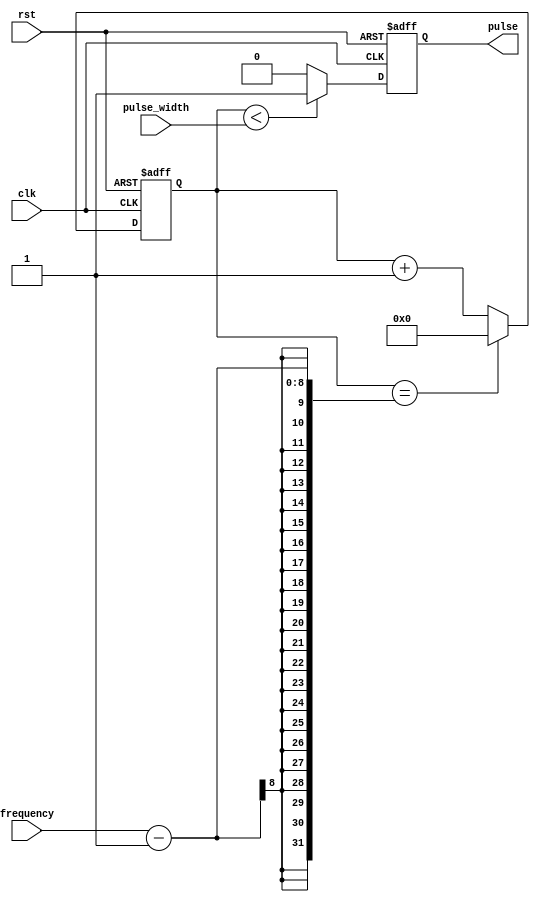
module SimplePulseGenerator (
    input wire clk,
    input wire rst,
    input wire [7:0] pulse_width,
    input wire [7:0] frequency,
    output reg pulse
);

reg [7:0] counter;

always @(posedge clk or posedge rst) begin
    if (rst) begin
        counter <= 8'h00;
        pulse <= 1'b0;
    end else begin
        if (counter < pulse_width) begin
            pulse <= 1'b1;
        end else begin
            pulse <= 1'b0;
        end
        if (counter == frequency - 1) begin
            counter <= 8'h00;
        end else begin
            counter <= counter + 1;
        end
    end
end

endmodule